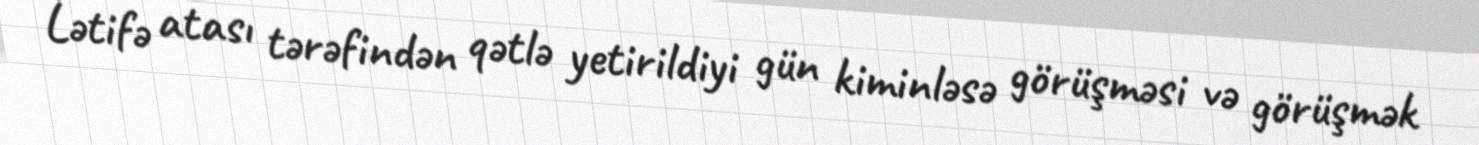
Lətifə atası tərəfindən qətlə yetirildiyi gün kiminləsə görüşməsi və görüşmək